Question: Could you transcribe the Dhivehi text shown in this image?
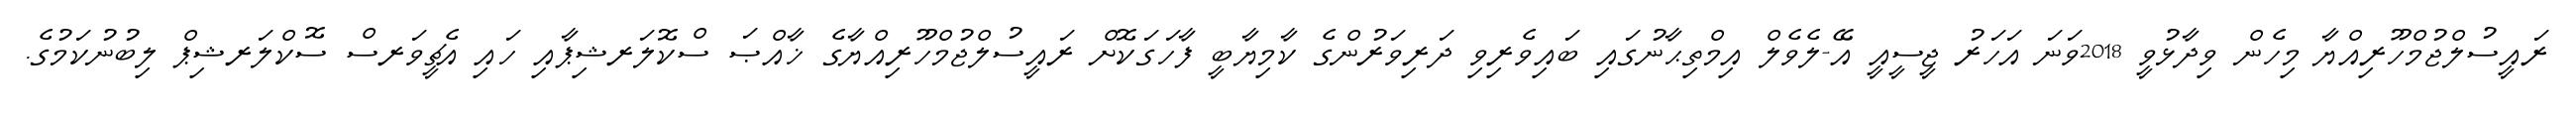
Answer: ރައީސުލްޖުމްހޫރިއްޔާ މިހެން ވިދާޅުވީ 2018ވަނަ އަހަރު ޖީސީއީ އޭ-ލެވެލް އިމްތިޙާނުގައި ބައިވެރިވި ދަރިވަރުންގެ ކާމިޔާބީ ފާހަގަކޮށް ރައީސުލްޖުމްހޫރިއްޔާގެ ޚާއްޞަ ސްކޮލަރޝިޕާއި ހައި އެޗީވަރސް ސޮކްލަރޝިޕް ލިބުނުކަމުގެ.